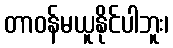
တာဝန်မယူနိုင်ပါဘူး၊